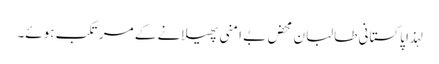
لہذا پاکستانی طالبان محض بے امنی پھیلانے کے مرتکب ہوئے۔